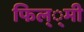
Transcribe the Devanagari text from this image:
फिल््मी